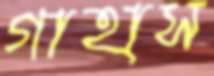
গাহাস